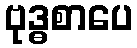
ဗုဒ္ဓစာပေ